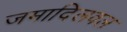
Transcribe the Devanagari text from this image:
जमादिलवल